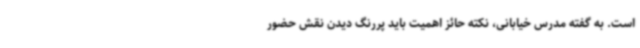
است. به گفته مدرس خیابانی، نکته حائز اهمیت باید پررنگ دیدن نقش حضور